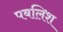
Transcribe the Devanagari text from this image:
पबलिश